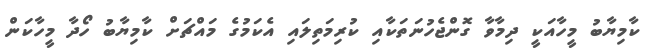
ކާމިޔާބު މީހާއަކީ ދިމާވާ ގޮންޖެހުނަތަކާއި ކުރިމަތިލައި އެކަމުގެ މައްޗަށް ކާމިޔާބު ހޯދާ މީހާކަން